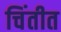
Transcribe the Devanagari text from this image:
चिंतीत